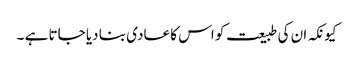
کیونکہ ان کی طبیعت کو اس کا عادی بنا دیا جاتا ہے ۔